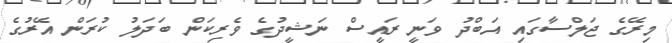
މިރޭގެ ޖަލްސާގައި އަބްދު ވަނީ ރައީސް ނަޝީދުގެ ވެރިކަން ބަދަލު ކުރަން އޭރުގެ